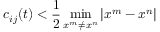
c _ { i j } ( t ) < \frac { 1 } { 2 } \operatorname* { m i n } _ { x ^ { m } \neq x ^ { n } } | x ^ { m } - x ^ { n } |